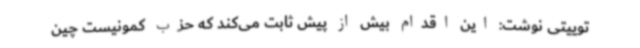
توییتی نوشت: این اقدام بیش از پیش ثابت می‌کند که حزب کمونیست چین